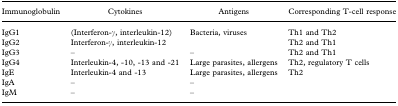
| Immunoglobulin | Cytokines | Antigens | Corresponding T‐cell response |
 | --- | --- | --- | --- |
 | IgG1 | (Interferon‐γ, interleukin‐12) | Bacteria, viruses | Th1 and Th2 |
 | IgG2 | Interferon‐γ, interleukin‐12 |  | Th2 and Th1 |
 | IgG3 | – | – | Th2 and Th1 |
 | IgG4 | Interleukin‐4, ‐10, ‐13 and ‐21 | Large parasites, allergens | Th2, regulatory T cells |
 | IgE | Interleukin‐4 and ‐13 | Large parasites, allergens | Th2 |
 | IgA | – | – |  |
 | IgM | – | – |  |